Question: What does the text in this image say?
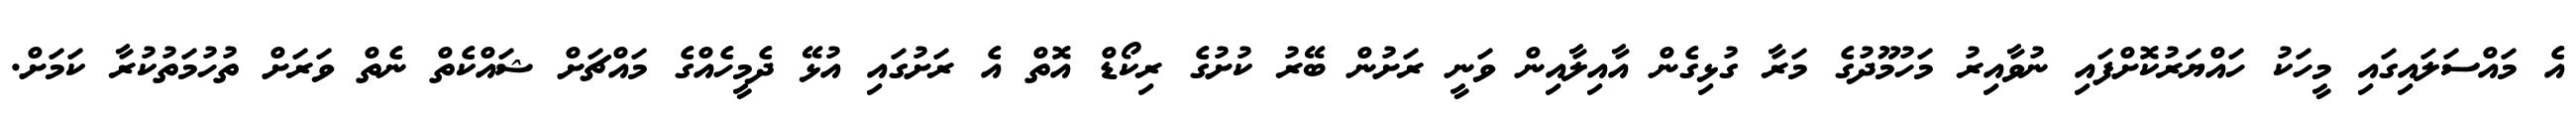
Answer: އެ މައްސަލައިގައި މީހަކު ހައްޔަރުކޮށްފައި ނުވާއިރު މަހުމޫދުގެ މަރާ ގުޅިގެން އާއިލާއިން ވަނީ ރަށުން ބޭރު ކުށުގެ ރިކޯޑް އޮތް އެ ރަށުގައި އުޅޭ ދެމީހެއްގެ މައްޗަށް ޝައްކެތް ނެތް ވަރަށް ތުހުމަތުކުރާ ކަމަށް.